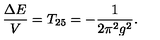
\frac { \Delta E } { V } = T _ { 2 5 } = - \frac { 1 } { 2 \pi ^ { 2 } g ^ { 2 } } .